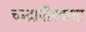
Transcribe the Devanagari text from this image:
चन्द्रापीडकथा